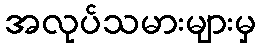
အလုပ်သမားများမှ